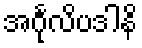
အင်္ဂုလိပဒါနိ